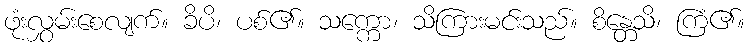
ဖုံးလွှမ်းစေလျက်။ ခိပိ၊ ပစ်၏။ သက္ကော၊ သိကြားမင်းသည်။ စိန္တေသိ၊ ကြံ၏။